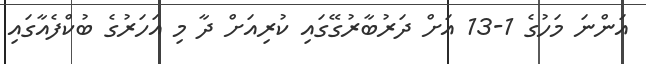
އަންނަ މަހުގެ 1-13 އަށް ދަރުބާރުގޭގައި ކުރިއަށް ދާ މި އަހަރުގެ ބުކްފެއާގައި